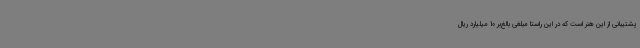
پشتیبانی از این هنر است که در این راستا مبلغی بالغ‌بر 10 میلیارد ریال